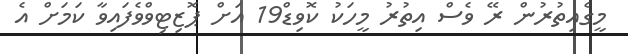
މީގެއިތުރުން ރޭ ވެސް އިތުރު މީހަކު ކޮވިޑް19 އަށް ޕޮޒިޓިވްވެފައިވާ ކަމަށް އެ